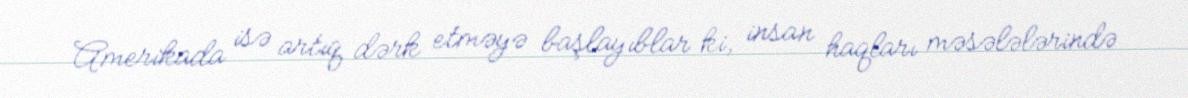
Amerikada isə artıq dərk etməyə başlayıblar ki, insan haqları məsələlərində